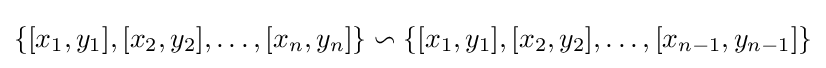
\{[x_{1},y_{1}],[x_{2},y_{2}],\ldots ,[x_{n},y_{n}]\}\backsim \{[x_{1},y_{1}],[x_{2},y_{2}],\ldots ,[x_{n-1},y_{n-1}]\}